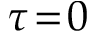
\tau \! = \! 0